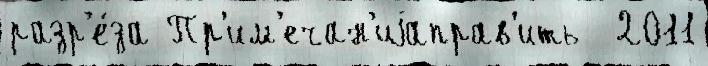
разр'е́за Пр'им'ечан'иjаправ'ить  2011